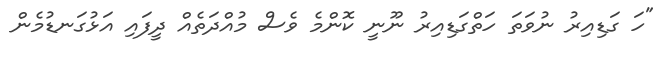
"ހަ ގަޑިއިރު ނުވަތަ ހަތްގަޑިއިރު ނޫނީ ކޮންމެ ވެސް މުއްދަތެއް ދީފައި އަޅުގަނޑުމެން